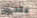
يقدرون